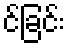
င်ခြင်း